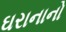
ઘરાનાનો